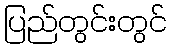
ပြည်တွင်းတွင်